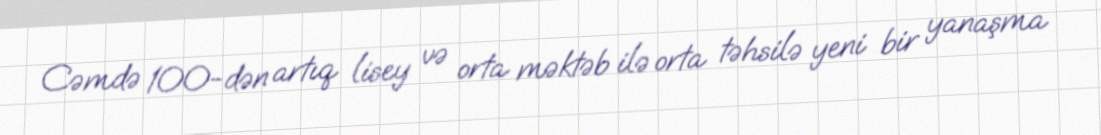
Cəmdə 100-dən artıq lisey və orta məktəb ilə orta təhsilə yeni bir yanaşma